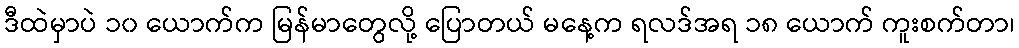
ဒီထဲမှာပဲ ၁၀ ယောက်က မြန်မာတွေလို့ ပြောတယ် မနေ့က ရလဒ်အရ ၁၈ ယောက် ကူးစက်တာ၊